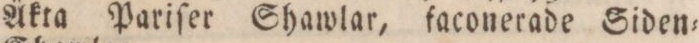
Äkta Pariſer Shawlar, faconerade Siden=